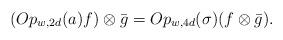
LaTeX: \begin{align*}(Op_{w,2d}(a)f)\otimes\bar g=Op_{w,4d}(\sigma)(f\otimes \bar g).\end{align*}